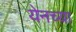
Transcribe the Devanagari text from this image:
येनच्या